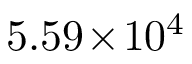
5 . 5 9 \! \times \! 1 0 ^ { 4 }